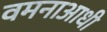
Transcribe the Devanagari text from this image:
वमनाआधी